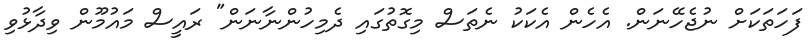
ފަހަތަކަށް ނުޖެހޭނަން. އެހެން އެކަކު ނެތަސް މިގޮތުގައި ދެމިހުންނާނަން" ރައީސް މައުމޫން ވިދާޅުވި